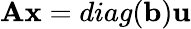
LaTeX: {\mathbf A}{\mathbf x}=diag({\mathbf b}){\mathbf u}